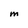
Character: M